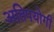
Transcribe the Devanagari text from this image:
अतिपयोगी